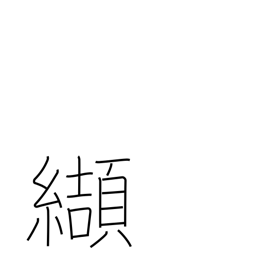
Meaning: purblind